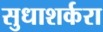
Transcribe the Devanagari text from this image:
सुधाशर्करा